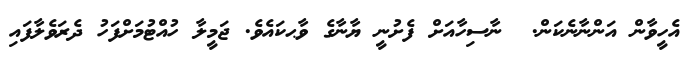
އެހީވާން އަންނާނެކަން.  ނާސިހާއަށް ފެށުނީ ޔާނާގެ ވާޙކައެވެ. ޖަމީލާ ހުއްޓުމަށްފަހު ދެރަވެލާފައި